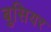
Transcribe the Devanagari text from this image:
बुसियर